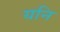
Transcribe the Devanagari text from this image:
यनि